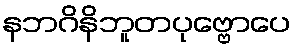
နဘဂိနိဘူတပုဗ္ဗောပေ